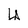
Character: U